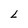
Character: L